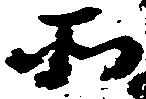
そ